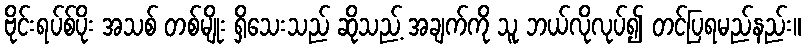
ဗိုင်းရပ်စ်ပိုး အသစ် တစ်မျိုး ရှိသေးသည် ဆိုသည့် အချက်ကို သူ ဘယ်လိုလုပ်၍ တင်ပြရမည်နည်း။